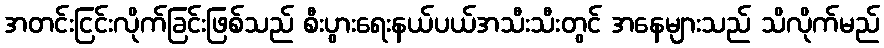
အတင်းငြင်းလိုက်ခြင်းဖြစ်သည် စီးပွားရေးနယ်ပယ်အသီးသီးတွင် အနေများသည် သိလိုက်မည်